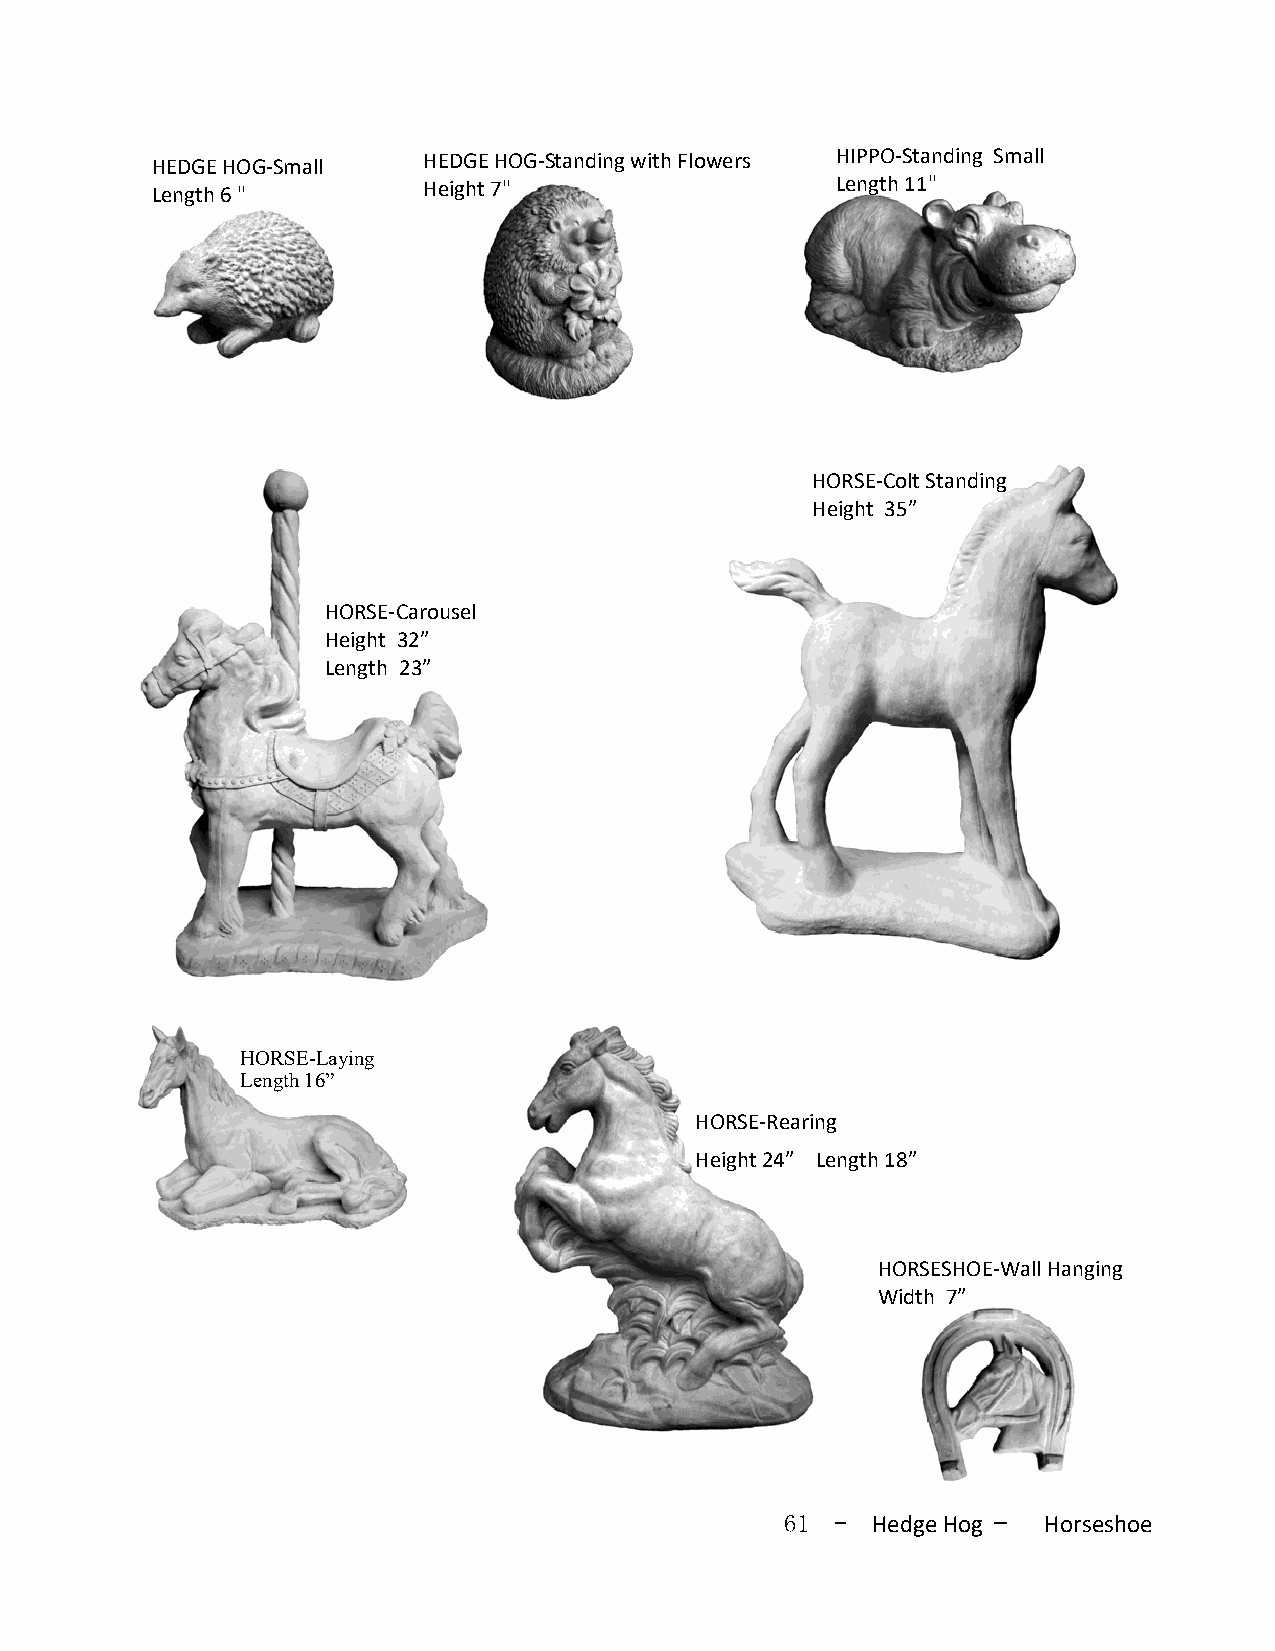
HEDGE HOG-Standing with Flowers H I P PO-Standing Small
 HEDGE HOG-Small
 Height 7"                  Length 11"
 Length 6 "
 HORSE-Colt Standing
 Height 35”
 HORSE-Carousel
 Height 32”
 Length 23”
 HORSE-Laying
 Length 16”
 HORSE-Rearing
 Height 24” Length 18”
 HORSESHOE-Wall Hanging
 Width 7”
 61 -  Hedge Hog — Horseshoe